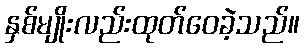
နှစ်မျိုးလည်းထုတ်ဝေခဲ့သည်။